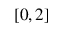
[ 0 , 2 ]